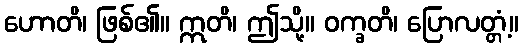
ဟောတိ၊ ဖြစ်၏။ ဣတိ၊ ဤသို့။ ဝက္ခတိ၊ ပြောလတ္တံ့။